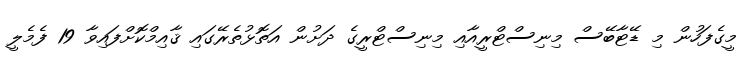
މީގެފަހުން މި ޑޭޓާބޭސް މިނިސްޓްރީއާއި މިނިސްޓްރީގެ ދަށުން އަތޮޅުތެރޭގައި ޤާއިމްކޮށްފައިވާ 19 ފެމެލީ